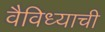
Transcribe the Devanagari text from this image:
वैविध्याची